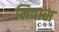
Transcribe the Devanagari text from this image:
मित्रास